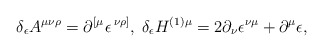
\begin{align*}\delta _{\epsilon }A^{\mu \nu \rho }=\partial ^{\left[ \mu \right. }\epsilon^{\left. \nu \rho \right] },\;\delta _{\epsilon }H^{(1)\mu }=2\partial _{\nu}\epsilon ^{\nu \mu }+\partial ^{\mu }\epsilon , \end{align*}